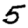
Digit: 5